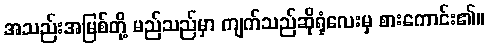
အသည်းအမြစ်တို့ မည်သည်မှာ ကျက်သည်ဆိုရုံလေးမှ စားကောင်း၏။